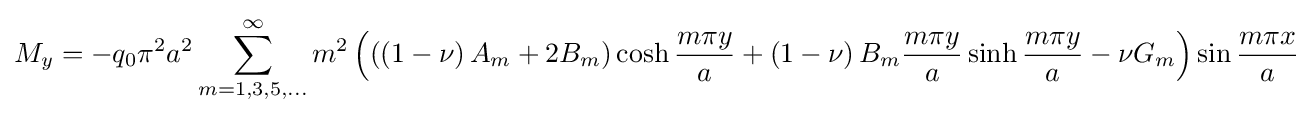
M_{y}=-q_{0}\pi ^{2}a^{2}\sum _{m=1,3,5,...}^{\infty }m^{2}\left(\left(\left(1-\nu \right)A_{m}+2B_{m}\right)\cosh {\frac {m\pi y}{a}}+\left(1-\nu \right)B_{m}{\frac {m\pi y}{a}}\sinh {\frac {m\pi y}{a}}-\nu G_{m}\right)\sin {\frac {m\pi x}{a}}